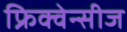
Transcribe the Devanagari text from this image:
फ्रिक्वेन्सीज